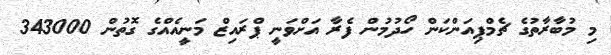
މި މުބާރާތުގެ ޗެމްޕިއަންކަން ހޯދުމުން ފެރާ އަށްވަނީ ޕްރައިޒް މަނީއެއްގެ ގޮތުން 343000